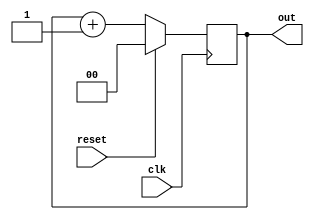
`timescale 1ns / 1ps
//////////////////////////////////////////////////////////////////////////////////
// Company: 
// Engineer: 
// 
// Design Name: 
// Module Name: counter2
// Project Name: 
// Target Devices: 
// Tool Versions: 
// Description: 
// 
// Dependencies: 
// 
// Revision:
// Revision 0.01 - File Created
// Additional Comments:
// 
//////////////////////////////////////////////////////////////////////////////////


module counter2(clk, reset, out);
    input clk, reset;
    output [1:0]out;
    reg [1:0]out;
    
    always @(posedge clk)  //
      begin
        if(reset)  //
          out<=0;
        else
        out<=out+1'b1;
      end
endmodule